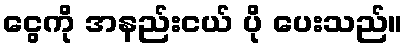
ငွေကို အနည်းငယ် ပို ပေးသည်။